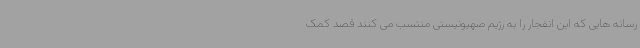
رسانه هایی که این انفجار را به رژیم صهیونیستی منتسب می کنند قصد کمک